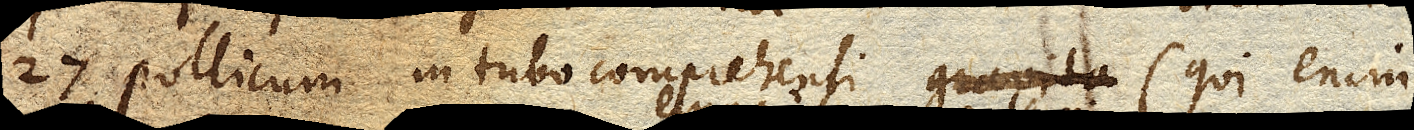
27 pollicum in Tubo comprehensi (qui enim